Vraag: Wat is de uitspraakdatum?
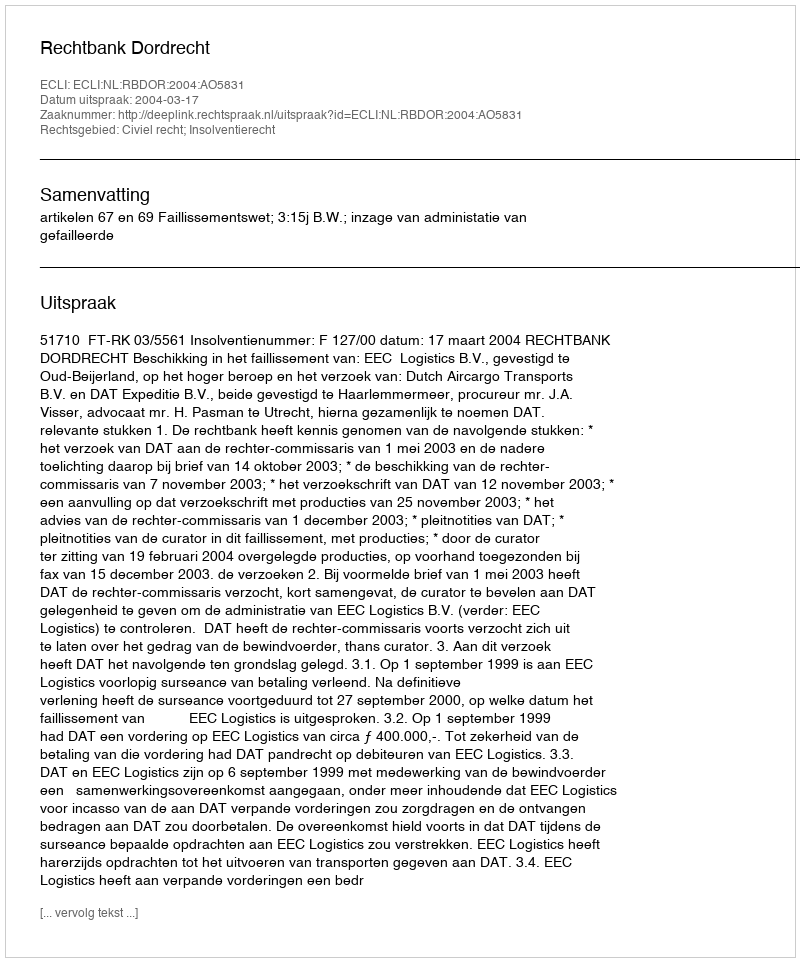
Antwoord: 2004-03-17